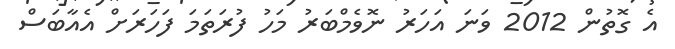
އެ ގޮތުން 2012 ވަނަ އަހަރު ނޮވެމްބަރު މަހު ފުރަތަމަ ފަހަަރަށް އެއާބަސް